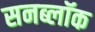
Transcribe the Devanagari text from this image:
सनब्लॉक